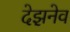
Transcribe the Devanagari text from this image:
देझ़नेव